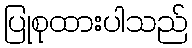
ပြုစုထားပါသည်